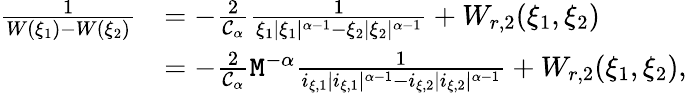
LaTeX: \begin{array}{rl}{\frac{1}{W(\xi_{1})-W(\xi_{2})}}&{=-\frac{2}{\mathcal{C}_{\alpha}}\frac{1}{\xi_{1}|\xi_{1}|^{\alpha-1}-\xi_{2}|\xi_{2}|^{\alpha-1}}+W_{r,2}(\xi_{1},\xi_{2})}\\ &{=-\frac{2}{\mathcal{C}_{\alpha}}\mathtt{M}^{-\alpha}\frac{1}{i_{\xi,1}|i_{\xi,1}|^{\alpha-1}-i_{\xi,2}|i_{\xi,2}|^{\alpha-1}}+W_{r,2}(\xi_{1},\xi_{2}),}\end{array}